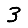
Digit: 3